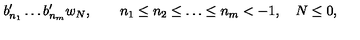
b _ { n _ { 1 } } ^ { \prime } \ldots b _ { n _ { m } } ^ { \prime } w _ { N } , \quad \quad n _ { 1 } \leq n _ { 2 } \leq \ldots \leq n _ { m } < - 1 , \quad N \leq 0 ,